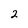
Character: 2